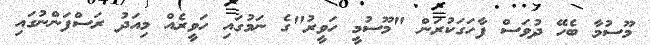
މޫސުމާ ބެހޭ ދުވަސް ފާހަގަކުރަން "މޫސުމީ ހަވީރު"ގެ ނަމުގައި ހަވީރެއް މިއަދު ރަސްފަންނުގައި